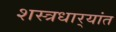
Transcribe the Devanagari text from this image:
शस्त्रधार्‍यांत